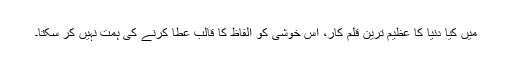
میں کیا دنیا کا عظیم ترین قلم کار، اس خوشی کو الفاظ کا قالب عطا کرنے کی ہمت نہیں کر سکتا۔